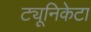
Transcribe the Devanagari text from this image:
ट्यूनिकेटा